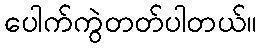
ပေါက်ကွဲတတ်ပါတယ်။